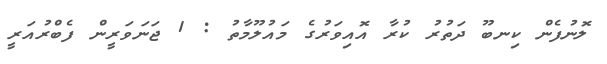
ލޮނުފެން ކިނބޫ ދަތުރު ކުރާ އޮއިވަރުގެ މައުލޫމާތު : 1 ޖަނަވަރީން ފެބްރުއަރީ